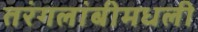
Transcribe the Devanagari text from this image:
तरंगलांबीमधली